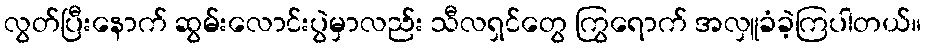
လွတ်ပြီးနောက် ဆွမ်းလောင်းပွဲမှာလည်း သီလရှင်တွေ ကြွရောက် အလှူခံခဲ့ကြပါတယ်။